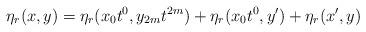
LaTeX: \begin{align*}\eta_r(x,y)=\eta_r(x_0t^0,y_{2m}t^{2m})+\eta_r(x_0t^0,y')+\eta_r(x',y)\end{align*}